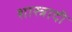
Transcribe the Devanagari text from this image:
शास्त्रादी